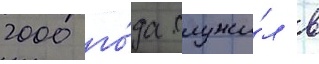
2000 го́да служи́л в